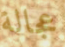
عجالة